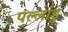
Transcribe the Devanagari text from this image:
पल्लांडु